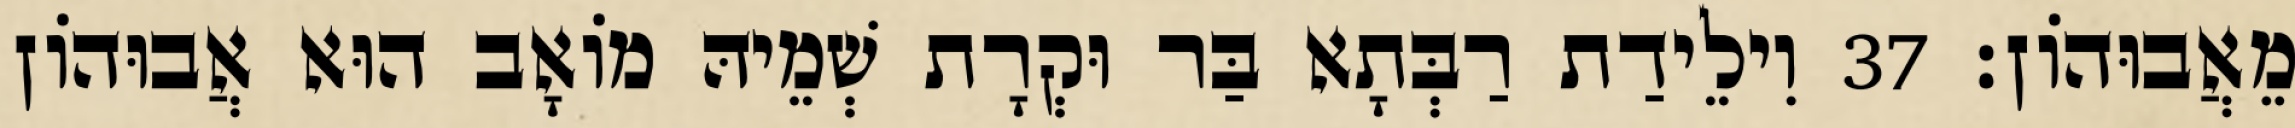
מֵאֲבוּהוֹן׃ 37 וִילֵידַת רַבְּתָא בַּר וּקְרָת שְׁמֵיהּ מוֹאָב הוּא אֲבוּהוֹן